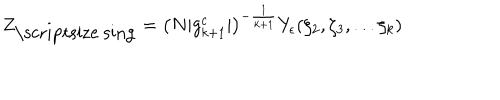
Z _ { \mathrm { \scriptsize ~ s i n g } } = \left( N | g _ { k + 1 } ^ { c } | \right) ^ { - \frac { 1 } { k + 1 } } Y _ { \epsilon } ( \zeta _ { 2 } , \zeta _ { 3 } , . . . \zeta _ { k } )